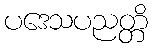
ပဒေသပညတ္တိ